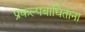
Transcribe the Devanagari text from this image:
प्रकल्पबाधितांना